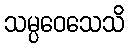
သမ္ပဝေသေသိ